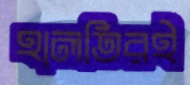
হালতিরই